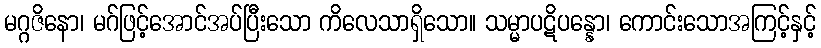
မဂ္ဂဇိနော၊ မဂ်ဖြင့်အောင်အပ်ပြီးသော ကိလေသာရှိသော။ သမ္မာပဋိပန္နော၊ ကောင်းသောအကြင့်နှင့်